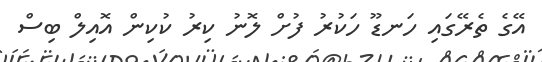
އޭގެ ތެރޭގައި ހަނޑޫ ހަކުރު ފުށް ލޮނު ކިރު ކުކިން އޮއިލް ބިސް